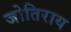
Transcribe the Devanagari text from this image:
जोतिराय